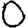
Digit: 0